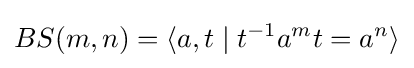
BS(m,n)=\langle a,t\mid t^{-1}a^{m}t=a^{n}\rangle